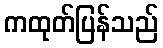
ကထုတ်ပြန်သည်